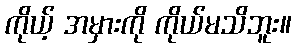
ကိုယ့် အမှားကို ကိုယ်မသိဘူး။